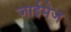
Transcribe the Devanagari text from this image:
जाईमेज